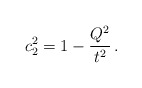
\begin{align*}c_2^2 = 1-\frac {Q^2}{t^2} \,.\end{align*}